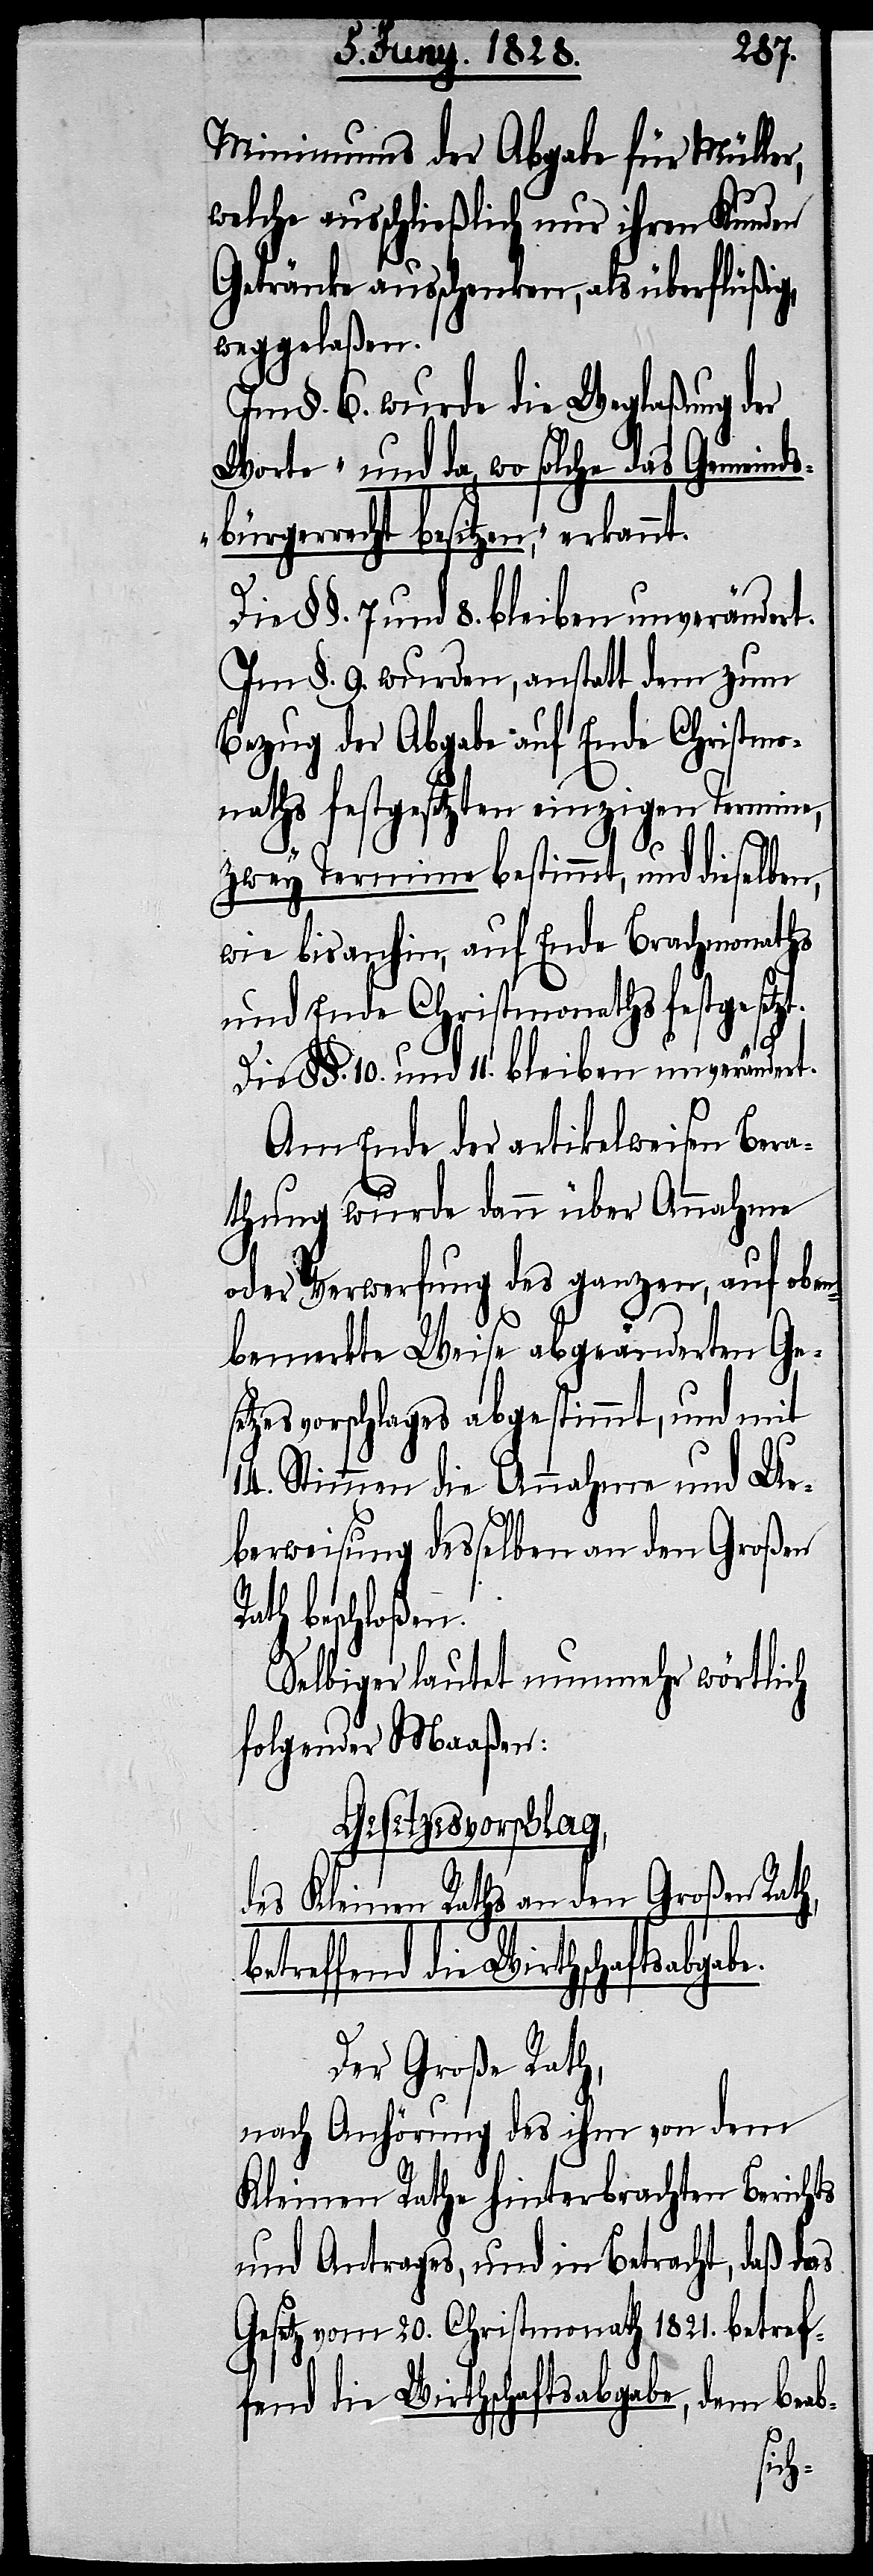
e.
Minimums der Abgabe für Müller,
welche ausschließlich nur ihren Kunden
Getränke ausschenken, als überflüßig,
weggelaßen.
Im §. 6. wurde die Weglaßung der
Worte „und da, wo solche das Gemeinds¬
bürgerrecht besitzen,“ erkannt.
Im §. 9. wurden, anstatt dem zum
Bezug der Abgabe auf Ende Christmo¬
naths festgesetzten einzigen Termine,
zwey Termine bestimmt, und dieselben,
wie bisanhin, auf Ende Brachmonaths
und Ende Christmonaths festgese¬
Die §§. 10. und 11. bleiben unverändert.
Am Ende der artikelweisen Bera¬
thung wurde dann über Annahme
oder Verwerfung des ganzen, auf oben
bemerkte Weise abgeänderten Ges¬
etzesvorschlages abgestimmt, und mit
14. Stimmen die Annahme und Ue¬
berweisung desselben an den großen
beschloßen.
selbiger lautet nunmehr wörtlich
folgender Maßen:
Gesetzesvorschlag,
des Kleinen Rathes an den Großen Rath,
effend die Wirtschaftsabgab¬
Der Große Rath,
nach Anhörung des ihm von dem
Kleinen Rathe hinterbrachten Berichts
und Antrags, und in Betracht, daß das
Gesetz vom 20. Christmonath 1821. betref¬
fend die Wirthschaftsabgabe, dem beab-
betr¬